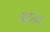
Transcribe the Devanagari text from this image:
खोंखा